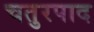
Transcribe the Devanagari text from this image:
चतुरपाद